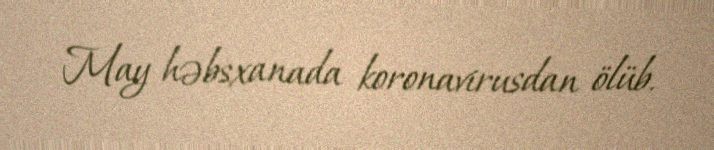
May həbsxanada koronavirusdan ölüb.